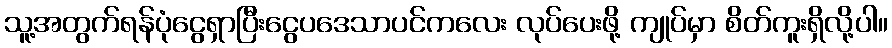
သူ့အတွက်ရန်ပုံငွေရှာပြီးငွေပဒေသာပင်ကလေး လုပ်ပေးဖို့ ကျုပ်မှာ စိတ်ကူးရှိလို့ပါ။